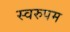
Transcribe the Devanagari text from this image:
स्वरुपम